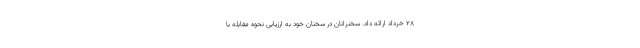
۲۸ خرداد ارائه داد. سخنرانان در سخنان خود به ارزیابی نحوه مقابله با